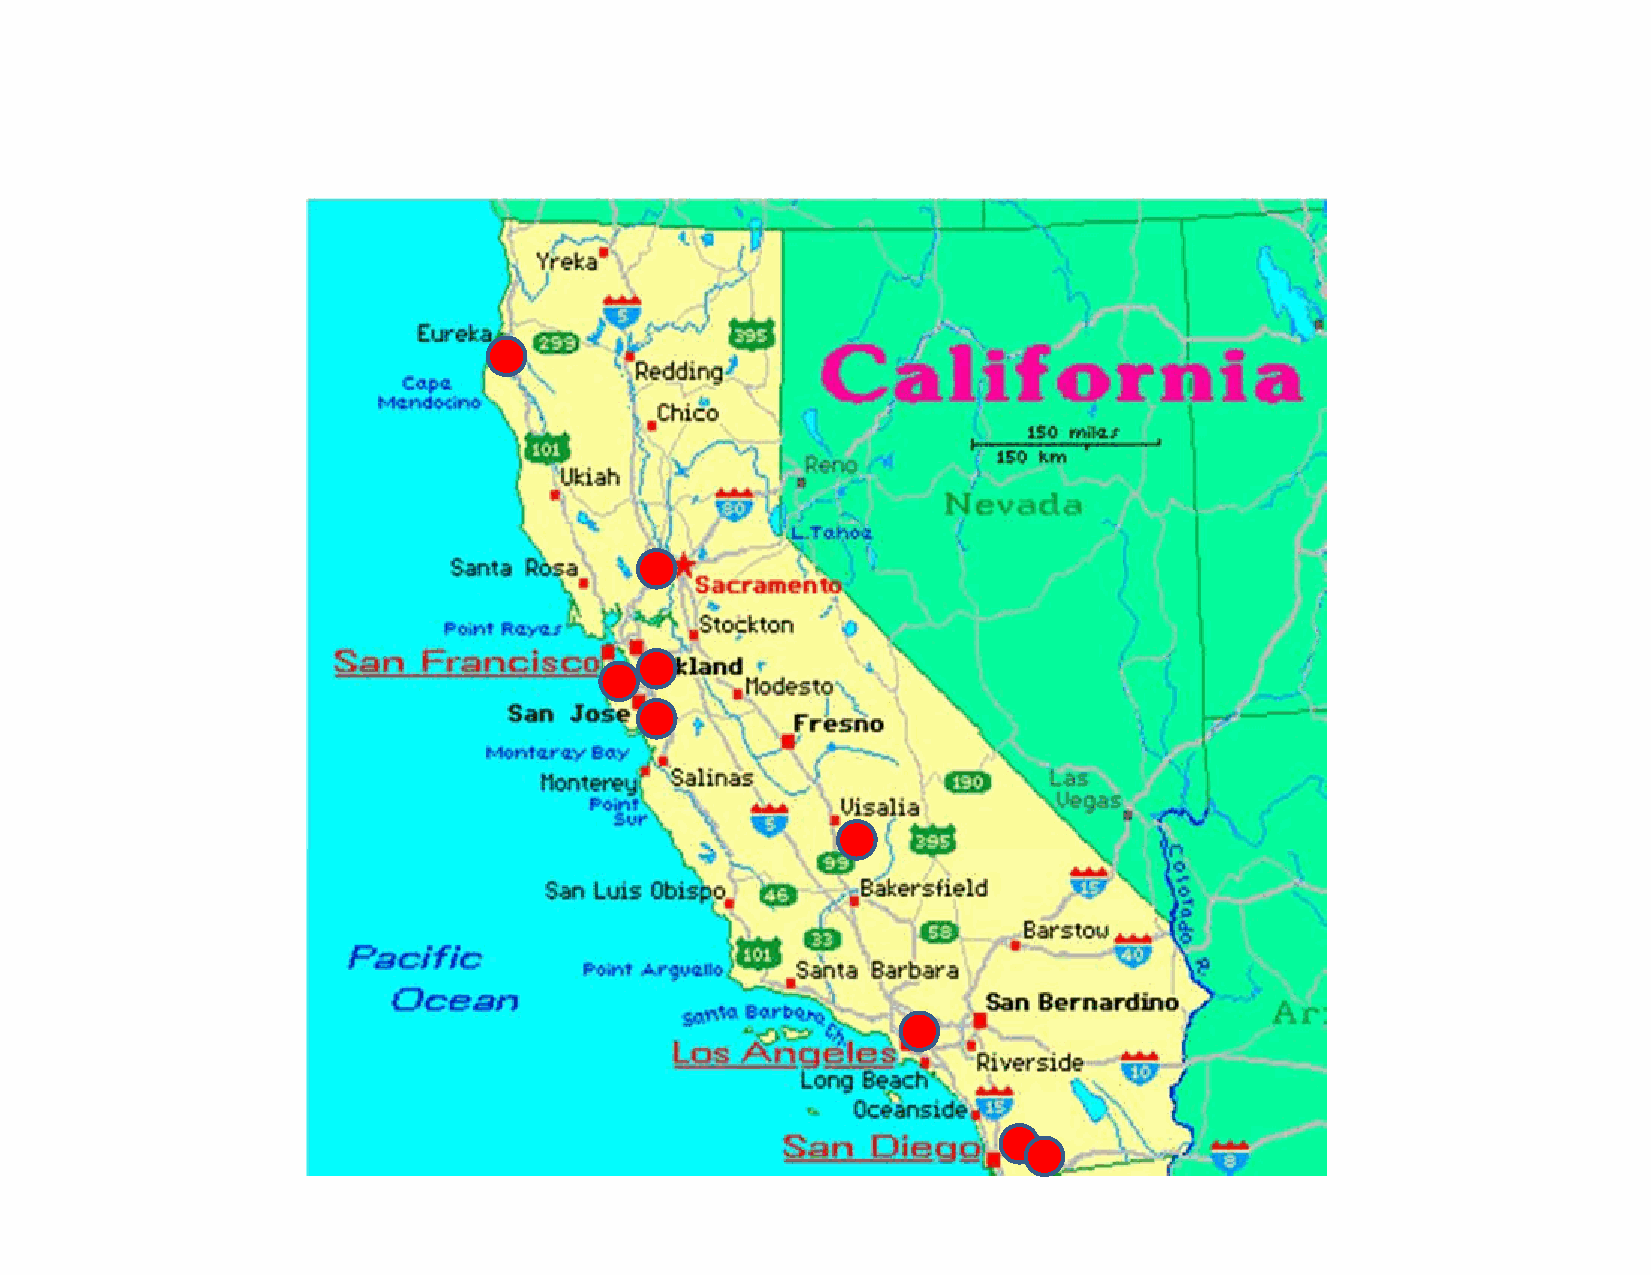
The      Virtual        Dental        Home         Sites